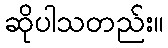
ဆိုပါသတည်း။